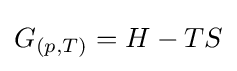
G_{(p,T)}=H-TS